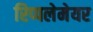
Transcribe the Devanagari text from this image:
रिप्‍पलेमेयर